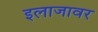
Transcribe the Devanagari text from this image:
इलाजावर